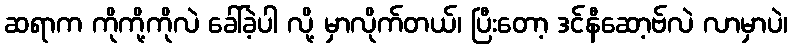
ဆရာက ကိုကို့ကိုလဲ ခေါ်ခဲ့ပါ လို့ မှာလိုက်တယ်၊ ပြီးတော့ ဒင်နီဆော့ဗ်လဲ လာမှာပဲ၊